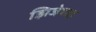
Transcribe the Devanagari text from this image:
झिजेच्या